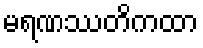
မရဏဿတိကထာ